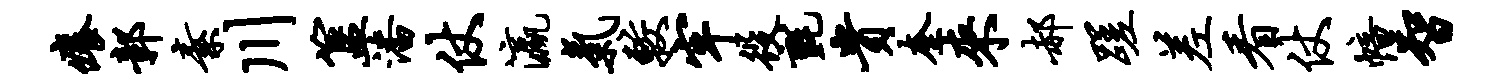
痒鄣素川簋潘仗瀛气较牢役毡贵奎来郝蹉差看仗幢智